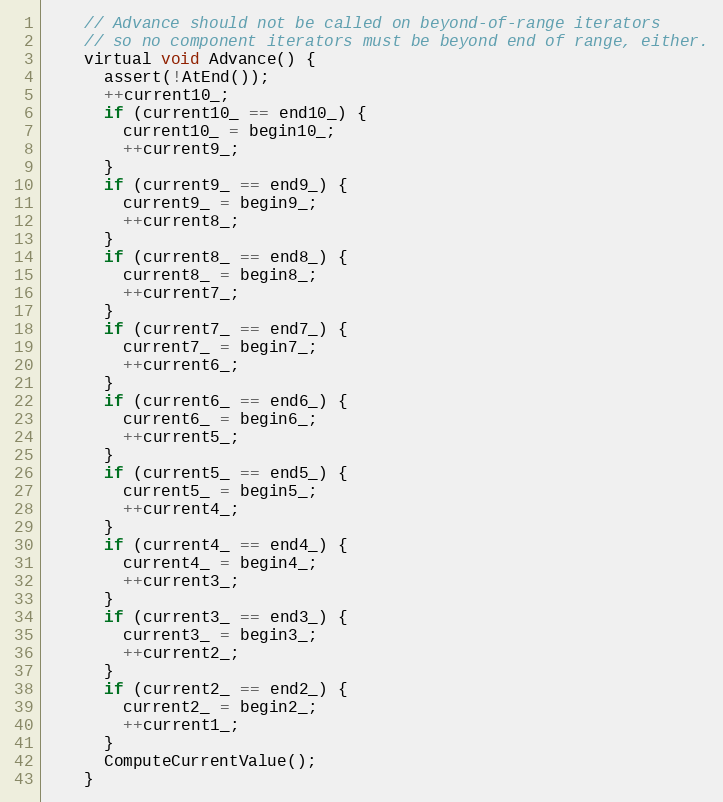
Language: C
    // Advance should not be called on beyond-of-range iterators
    // so no component iterators must be beyond end of range, either.
    virtual void Advance() {
      assert(!AtEnd());
      ++current10_;
      if (current10_ == end10_) {
        current10_ = begin10_;
        ++current9_;
      }
      if (current9_ == end9_) {
        current9_ = begin9_;
        ++current8_;
      }
      if (current8_ == end8_) {
        current8_ = begin8_;
        ++current7_;
      }
      if (current7_ == end7_) {
        current7_ = begin7_;
        ++current6_;
      }
      if (current6_ == end6_) {
        current6_ = begin6_;
        ++current5_;
      }
      if (current5_ == end5_) {
        current5_ = begin5_;
        ++current4_;
      }
      if (current4_ == end4_) {
        current4_ = begin4_;
        ++current3_;
      }
      if (current3_ == end3_) {
        current3_ = begin3_;
        ++current2_;
      }
      if (current2_ == end2_) {
        current2_ = begin2_;
        ++current1_;
      }
      ComputeCurrentValue();
    }